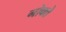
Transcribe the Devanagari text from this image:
नोक्ते